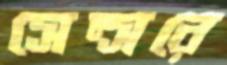
সেন্সরে